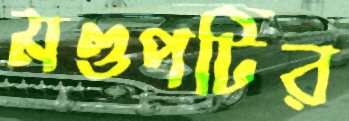
মণ্ডপটির